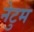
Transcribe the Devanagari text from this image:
नेटुम